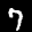
Digit: 7